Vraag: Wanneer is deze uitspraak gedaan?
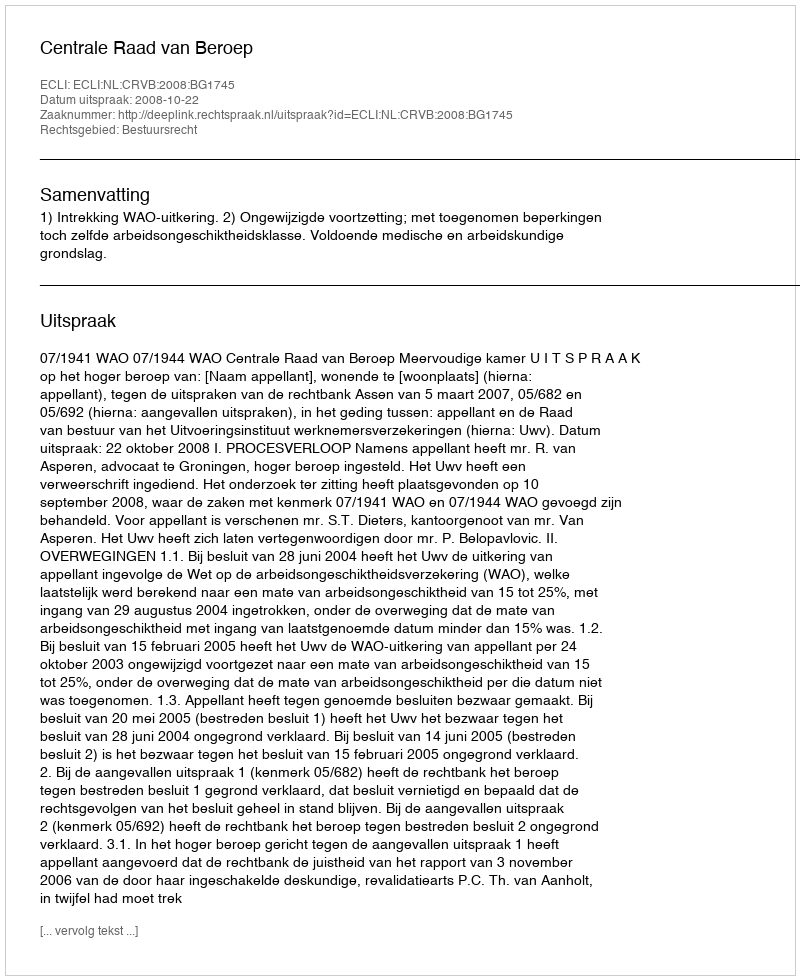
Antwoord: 2008-10-22